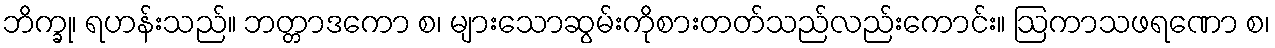
ဘိက္ခု၊ ရဟန်းသည်။ ဘတ္တာဒကော စ၊ များသောဆွမ်းကိုစားတတ်သည်လည်းကောင်း။ ဩကာသဖရဏော စ၊